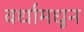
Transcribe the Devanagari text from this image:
वर्धामधून